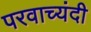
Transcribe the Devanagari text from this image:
परवाच्यंदी